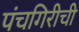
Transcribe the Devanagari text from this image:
पंचगिरीची